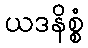
ယဒနိစ္စံ